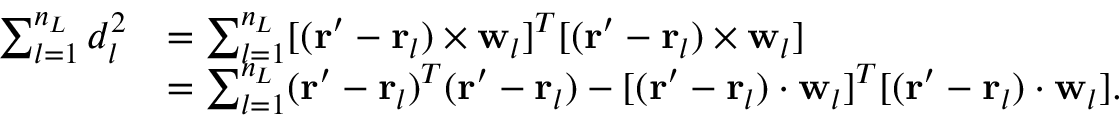
\begin{array} { r l } { \sum _ { l = 1 } ^ { n _ { L } } d _ { l } ^ { 2 } } & { = \sum _ { l = 1 } ^ { n _ { L } } [ ( \mathbf { r } ^ { \prime } - \mathbf { r } _ { l } ) \times \mathbf { w } _ { l } ] ^ { T } [ ( \mathbf { r } ^ { \prime } - \mathbf { r } _ { l } ) \times \mathbf { w } _ { l } ] } \\ & { = \sum _ { l = 1 } ^ { n _ { L } } ( \mathbf { r } ^ { \prime } - \mathbf { r } _ { l } ) ^ { T } ( \mathbf { r } ^ { \prime } - \mathbf { r } _ { l } ) - [ ( \mathbf { r } ^ { \prime } - \mathbf { r } _ { l } ) \cdot \mathbf { w } _ { l } ] ^ { T } [ ( \mathbf { r } ^ { \prime } - \mathbf { r } _ { l } ) \cdot \mathbf { w } _ { l } ] . } \end{array}